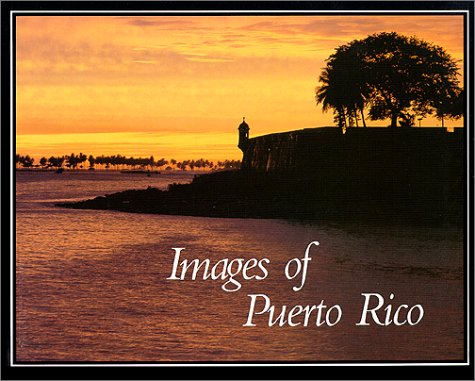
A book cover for Images of Puerto Rico; Roger A. LaBrucherie; Travel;